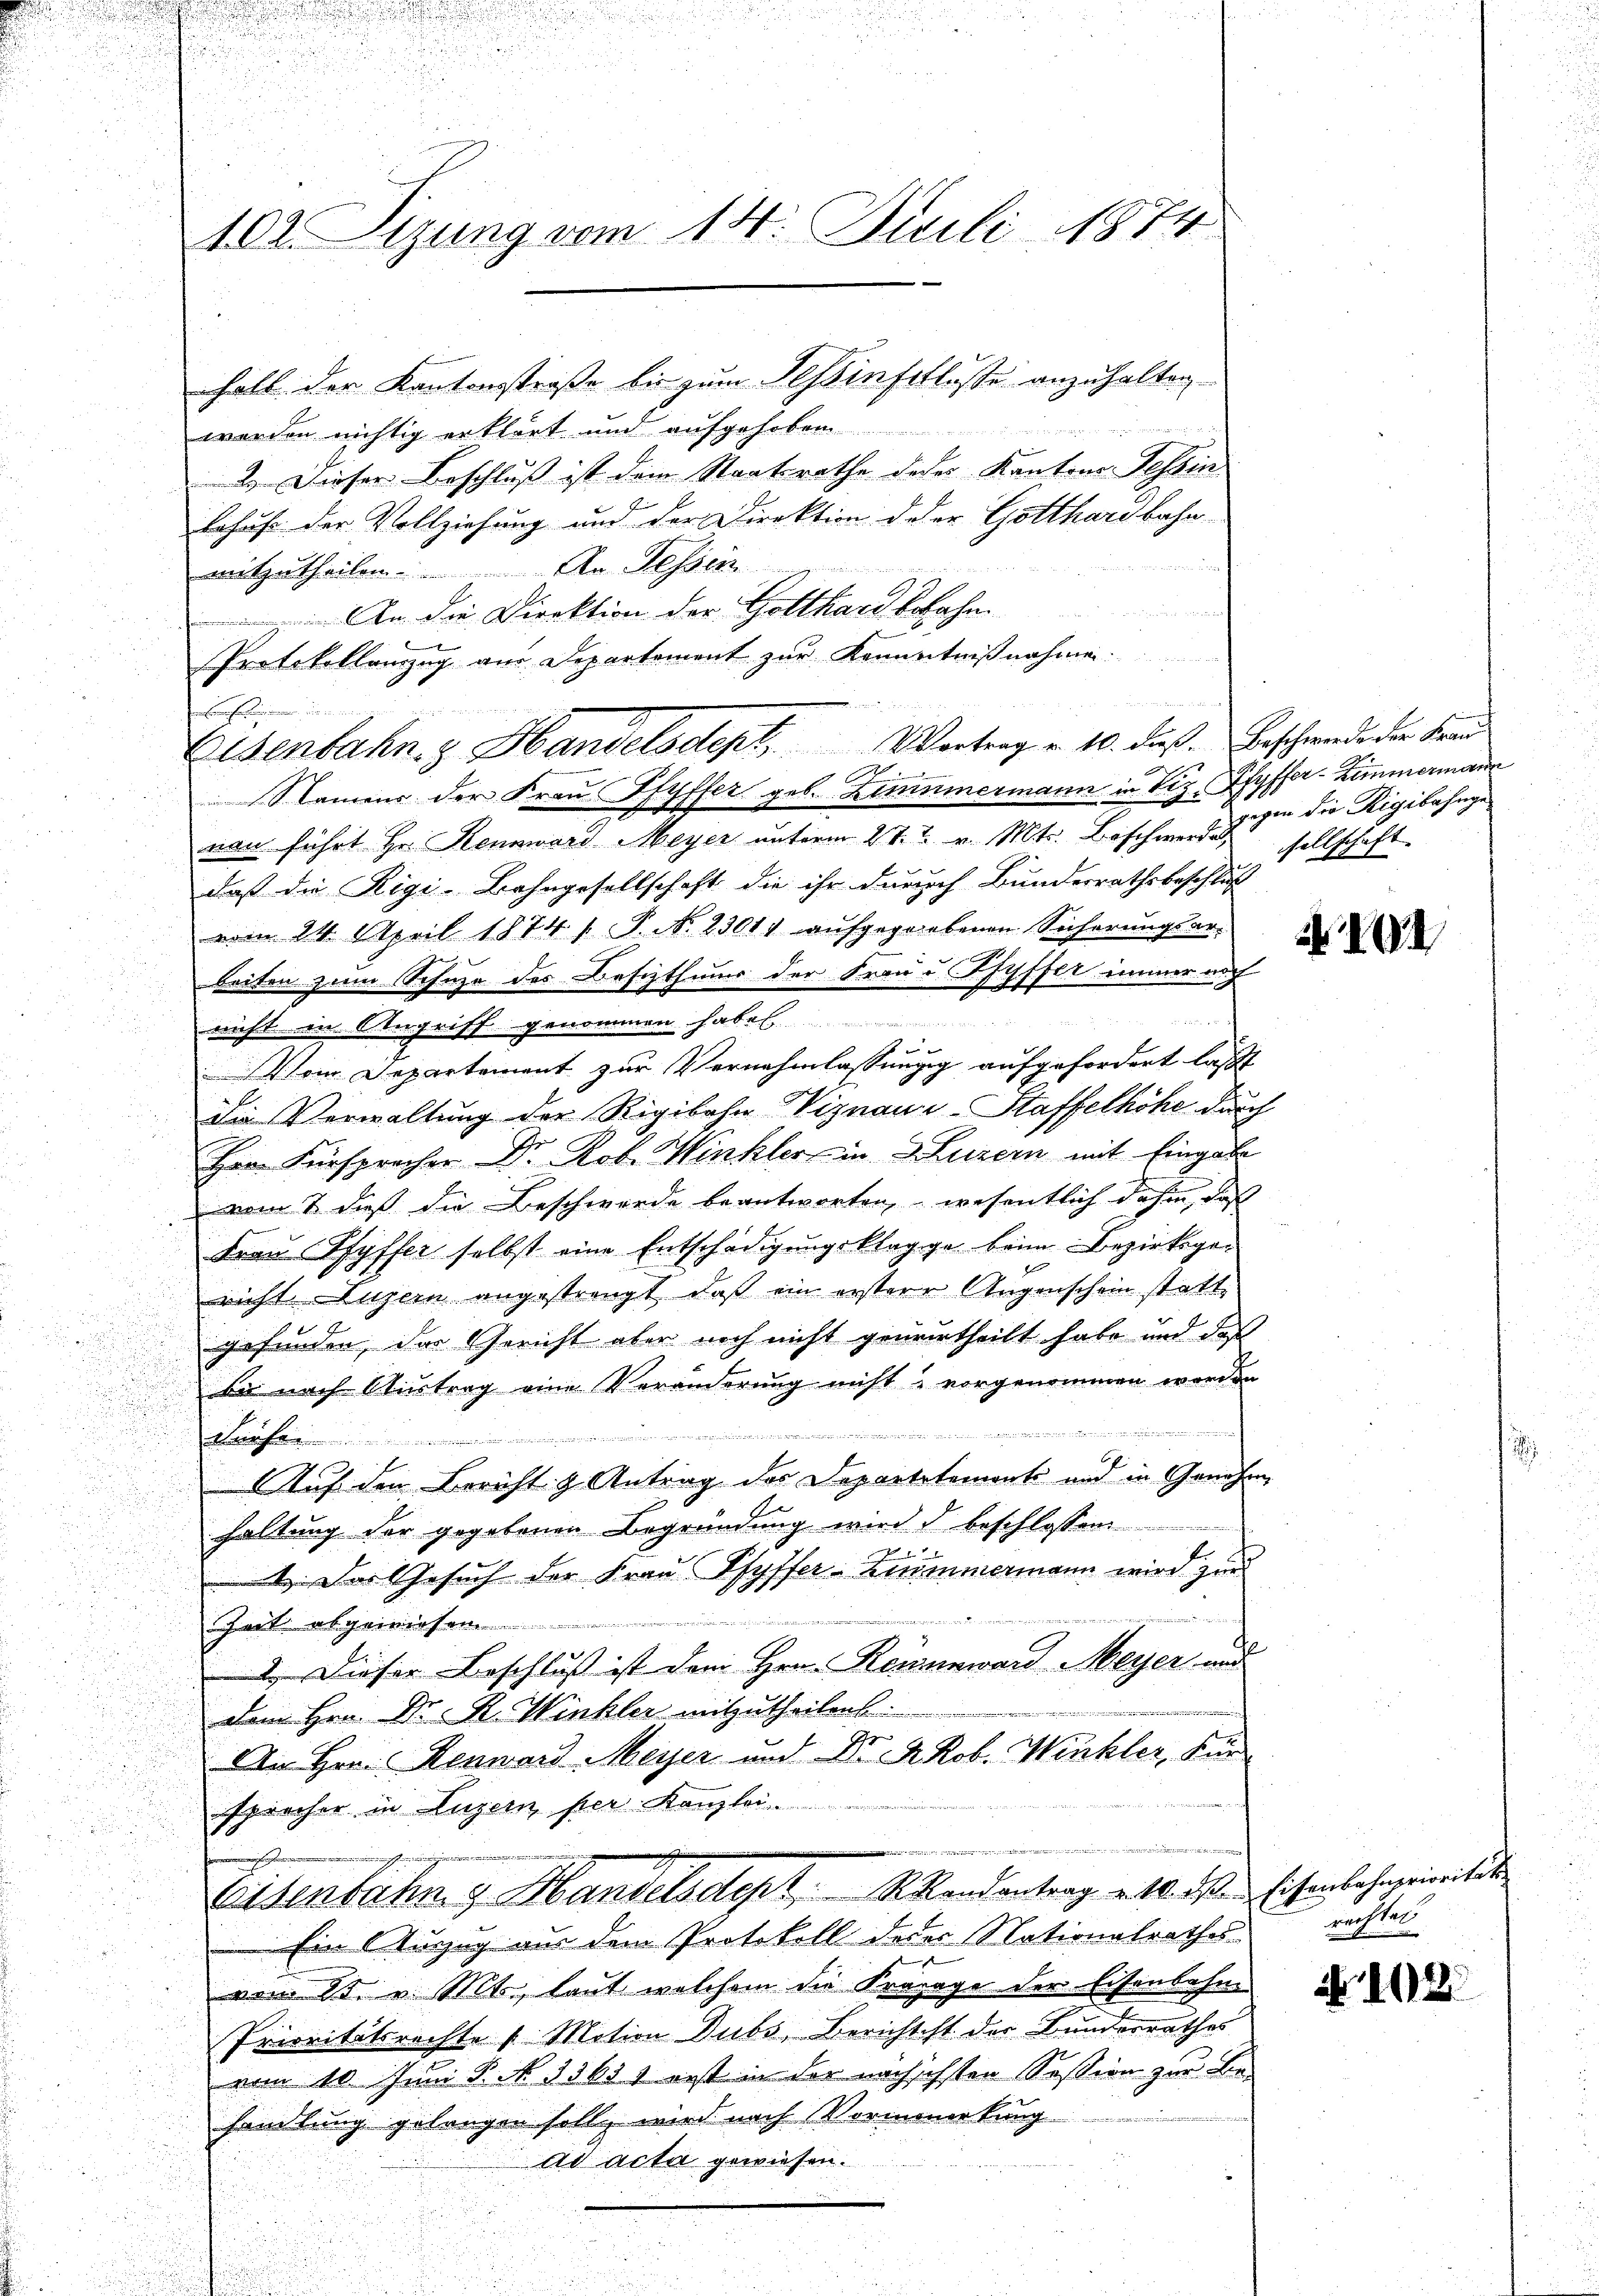
102. Sizung vom 14. Juli 1874

halb der Kantonsstraße bis zum Tessinfellosse anzuhalten.
werden nichtig erklärt und aufgehoben
2.) Dieser Beschluß ist dem Staatsrathe deder Kantons Tessin
behufe der Vollziehung und der Direktion der Gotthardbahnmitzutheilen. An dessen

An die Direktion der Gotthard befahn.

Protokollanzug aus Departement zur Kenntnißnahmen.
f
Namens der Frau Pfyffer geb. Zimmermann in Viz, Pfyffer-Zimmermann
nau führt Hr. Rennward Meyer unterm 27. v. Mts. Beschen der die die Rigibahnge
daß die Rigi-Bahngesellschaft die ihr durch Bundesrathsbeschluß
vom 24. April 1874 / P. N. 2301. aŭfgegebenen Sicherŭngsar-
beiten zum Schuze des Besizthums der Frau Pfyffer immer auf

nicht in Angriff genommen haben
f
Vom Departement zur Vernehmlassungg aufgefordert läßt
Die Verwaltung der Rigibahn Viznaur-Staffelhöhe durch
Hrn. Fürsprecher Dr. Rob. Winkler in Luzern mit Eingabe
vom 2. daß die Beschwerde beantworten, wesentlich dahin, daß
Frau Pfyffer selbst eine Entschädigungsklagge beim Bezirksgericht Luzern angestrengt, daß ein erstere Augenschein statt
gefunden, das Gericht aber noch nicht geurertheilt habe und daß
d
d
bis nach Austrag eine Veränderung nicht u vorgenommen worden

e

Aa
6
u
Auf den Bericht & Antrag des Departetements und in Genehm
u
haltung der gegebenen Begründung wird d beschlossen
.

 Das Gesuch der Frau Pfyffer-Zimmermann wird zur
Zeit abgewiesen
1. Dieser Beschluß ist dem Hrn. Reisenward Meyer und
dem Hrn. Dr. R. Winkler mitzutheilen.
An Hrn. Renward Meyer und Dr. Rob. Winkler, für
sprecher in Luzer per Kanzlei

Eisenbahng Handelsdept,   Mandantrag etweisen sichenbahngemitte
Ein Zuzug aus dem Protokoll deser Nationalrathes rechtes
vom 15. v. Mts. laut welchem die Krapage der Eisenbahn¬
Prioritätsrechte 1 Motion Dubs, Berichtest der Bundesrathes
vom 10. Juni d. N. 3363. 1 erst in der nachschsten Session zur Be-
2
i
handlung gelangen soll, wird nach Vormemerkung
d
ad acta gewiesen.

Eisenbahn z. Handelsdept. Vortrag v. 10. dieß. Beschwerde der Fran
Sch

sellschaft. |

204

.

108.